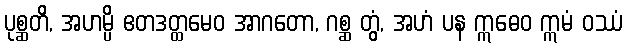
ပုစ္ဆတိ, အဟမ္ပိ ဧတဒတ္ထမေဝ အာဂတော, ဂစ္ဆ တွံ, အဟံ ပန ဣဓေဝ ဣမံ ဝဿံ